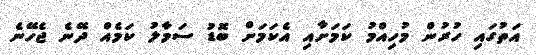
އަތުގައި ހުރުން މުހިއްމު ކަމަށާއި އެކަމަށް ބޮޑު ސަމާލު ކަމެއް ދޭނެ ޖެހޭނެ